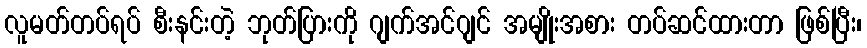
လူမတ်တပ်ရပ် စီးနင်းတဲ့ ဘုတ်ပြားကို ဂျက်အင်ဂျင် အမျိုးအစား တပ်ဆင်ထားတာ ဖြစ်ပြီး၊